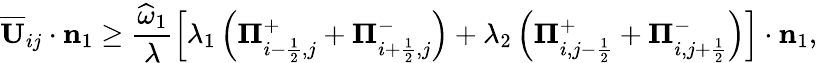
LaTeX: \overline{{\mathbf{U}}}_{ij}\cdot\mathbf{n}_{1}\ge\frac{\widehat{\omega}_{1}}{\lambda}\left[\lambda_{1}\left({\mathbf\Pi}_{i-\frac{1}{2},j}^{+}+{\mathbf\Pi}_{i+\frac{1}{2},j}^{-}\right)+\lambda_{2}\left({\mathbf\Pi}_{i,j-\frac{1}{2}}^{+}+{\mathbf\Pi}_{i,j+\frac{1}{2}}^{-}\right)\right]\cdot\mathbf{n}_{1},